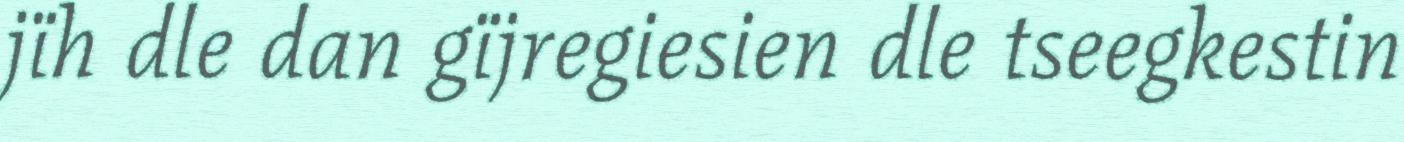
jïh dle dan gïjregiesien dle tseegkestin